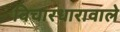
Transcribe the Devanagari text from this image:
विचारधारावाले